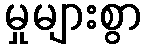
မှုများစွာ